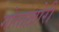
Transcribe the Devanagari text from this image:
गोताख़ोरी